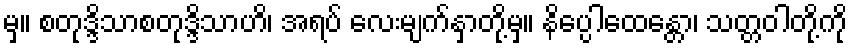
မှ။ စတုဒ္ဒိသာစတုဒ္ဒိသာဟိ၊ အရပ် လေးမျက်နှာတို့မှ။ နိပ္ပေါထေန္တော၊ သတ္တဝါတို့ကို